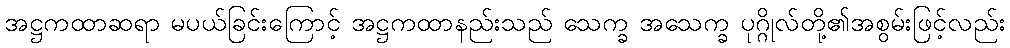
အဋ္ဌကထာဆရာ မပယ်ခြင်းကြောင့် အဋ္ဌကထာနည်းသည် သေက္ခ အသေက္ခ ပုဂ္ဂိုလ်တို့၏အစွမ်းဖြင့်လည်း